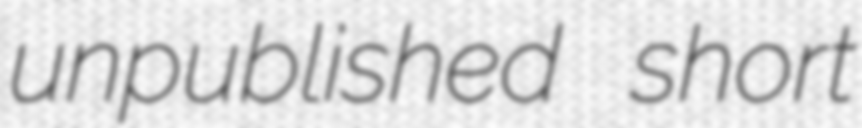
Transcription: unpublished short